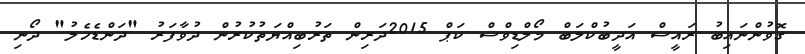
ގޮވުންނައިބު ރައީސް އަދީބުކްލަބް މޯލްޑިވްސް ކަޕް 2015ދަރިން ތަރުބިއްޔަތުކުރުން ދުވާފަރު "ދަންޑެހެލު" ދޯނި